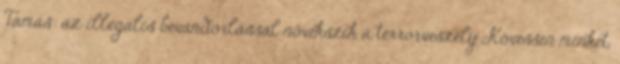
Tamás: az illegális bevándorlással növekszik a terrorveszély Kövessen minket,